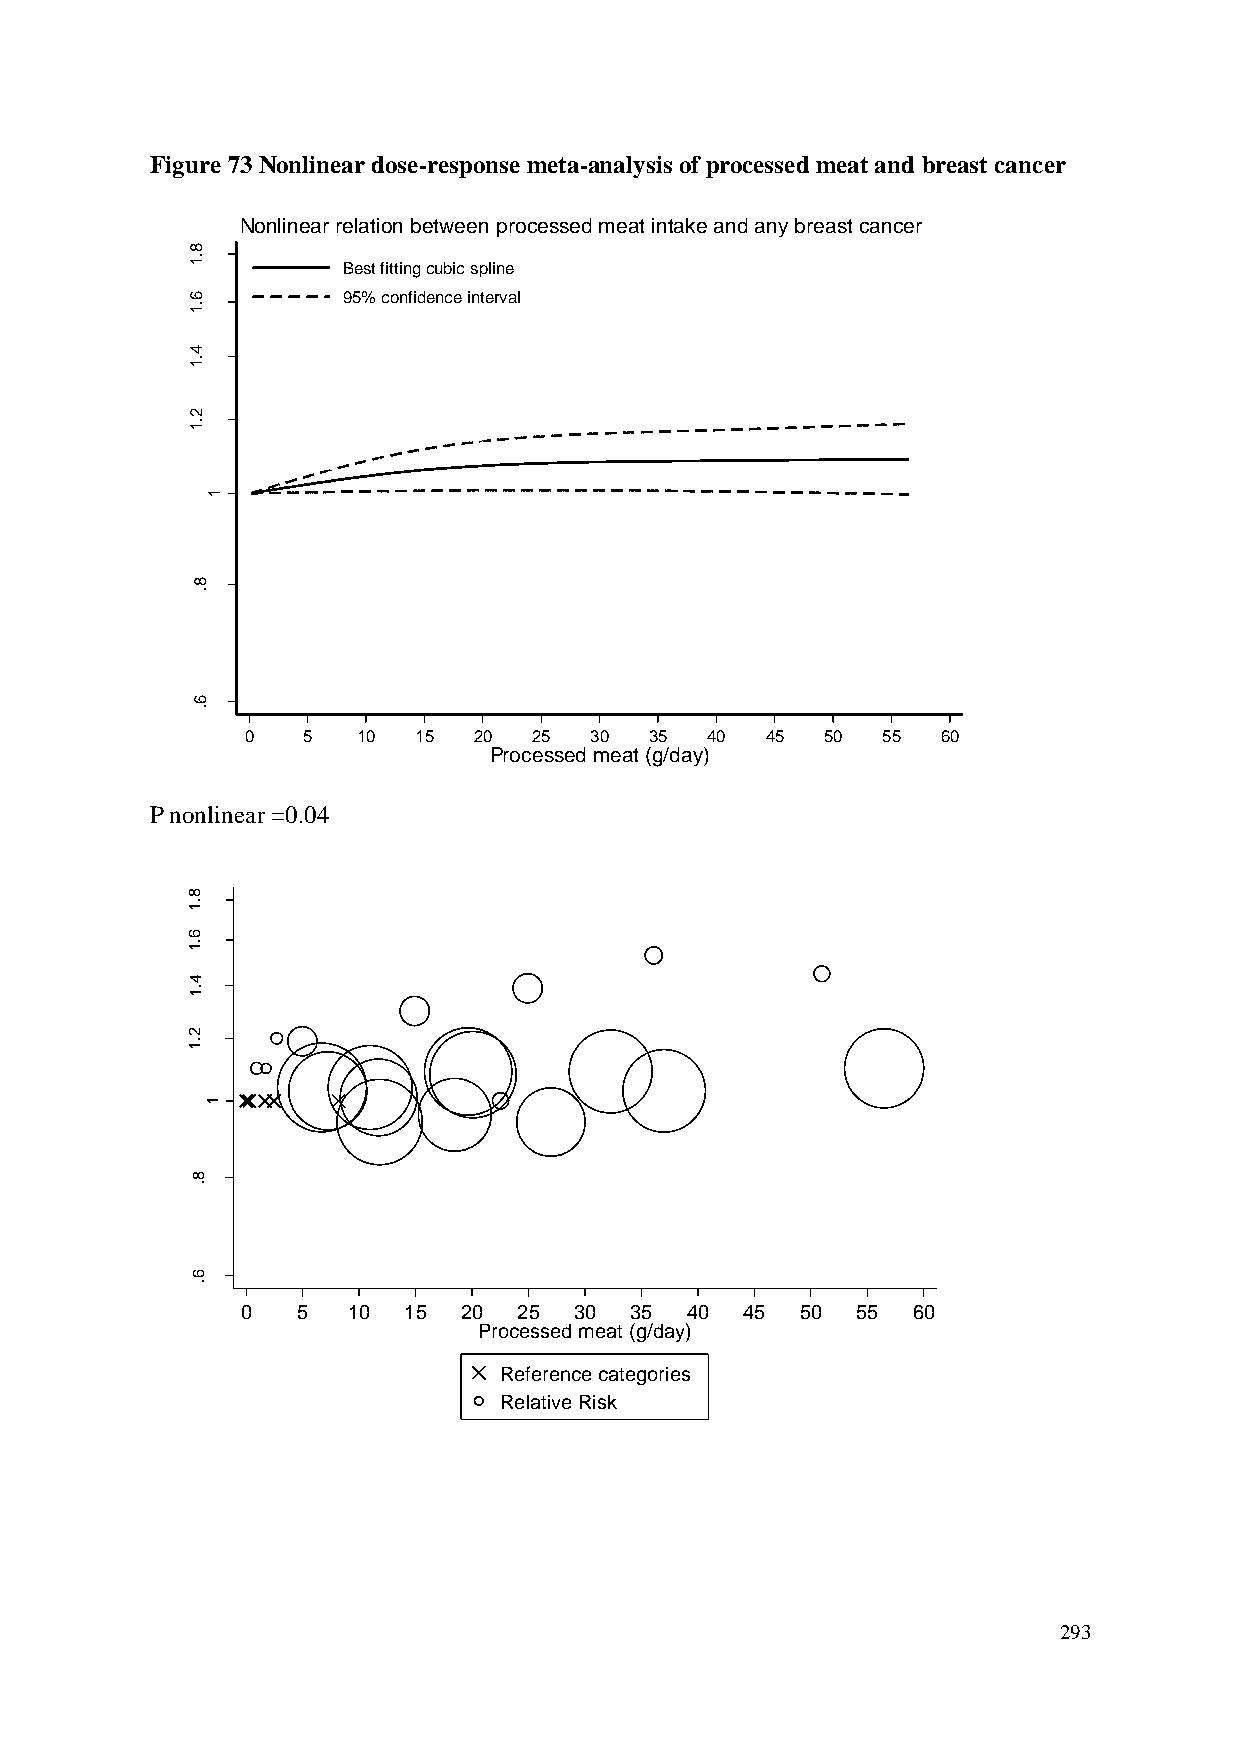
Figure 73 Nonlinear dose-response meta-analysis of processed meat and breast cancer
 Nonlinear relation between processed meat intake and any breast cancer
 8
 .1
 Best fitting cubic spline
 6         95% confidence interval
 .1
 4
 .1
 2
 R          .1
 R
 d
 e
 ta
 m           1
 its
 E
 8
 .
 6
 .
 0   5   10 15  20  25  30  35  40  45  50 55  60
 Processed meat (g/day)
 P nonlinear =0.04
 8
 .1
 6
 .1
 4
 .1
 R         2
 R         .1
 d
 e
 ta
 m           1
 its
 E
 8
 .
 6
 .
 0   5  10  15 20  25  30  35 40  45  50  55 60
 Processed meat (g/day)
 Reference categories
 Relative Risk
 293